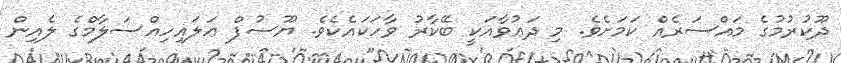
ދޫކުރުމުގެ މައްސަރެއް ކަމަށެވެ. މި ދަޢުވާއަކީ ބޭކާރު ވާހަކައެކެވެ. ޔޫސުފް ޢަލައިހިއްސަލާމްގެ ލެއިން